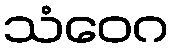
သံဝေဂ